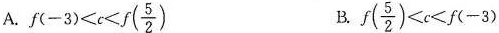
A. $$f(-3)<c<f( \frac{5}{2})$$ B. $$f( \frac{5}{2})<c<f(-3)$$